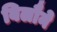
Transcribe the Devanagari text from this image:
बिलौने